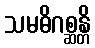
သမဓိဂစ္ဆန္တိ